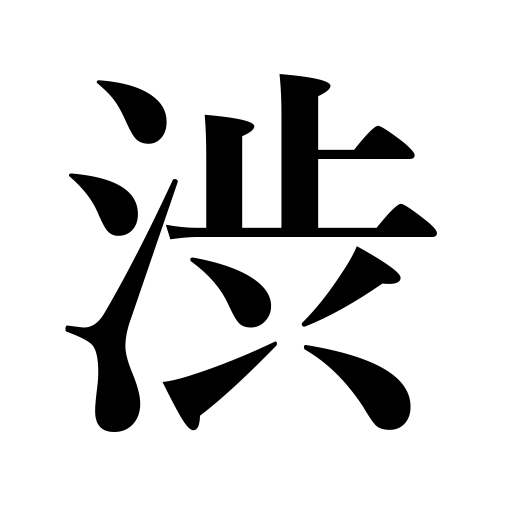
Meanings: quietness,hesitate,sobriety,quiet,tasteful in dress,puckery,have loose painful bowel movements,sober,sullen,astringent,be reluctant,puckery taste of persimmons